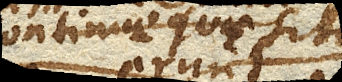
continue quaesita